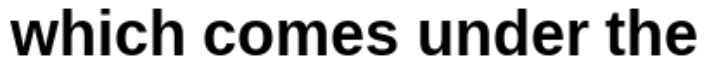
which comes under the